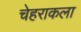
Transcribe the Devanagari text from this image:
चेहराकला